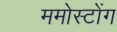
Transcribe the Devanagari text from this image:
ममोस्टोंग